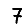
Digit: 7